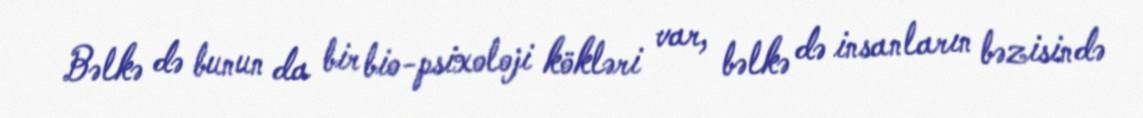
Bəlkə də bunun da bir bio-psixoloji kökləri var, bəlkə də insanların bəzisində